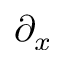
\partial _ { x }